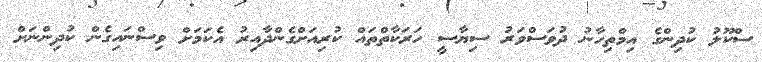
ސްކޫލު ކުދިންގެ އިމްތިހާނު ދުވަސްވަރު ސިޔާސީ ހަރަކާތްތައް ކުރިއަށްގެންދާއިރު އެކަމަށް ވިސްނައިގެން ކުދިންނަށް